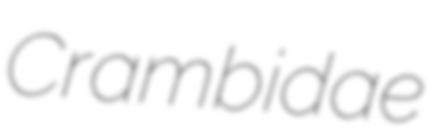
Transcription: Crambidae